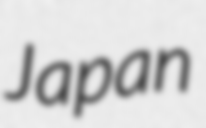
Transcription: Japan